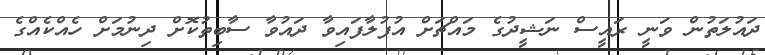
ދައުލަތުން ވަނީ ރައީސް ނަޝީދުގެ މައްޗަށް އުފުލާފައިވާ ދައުވާ ސާބިތުކޮށް ދިނުމަށް ހެއްކެއްގެ